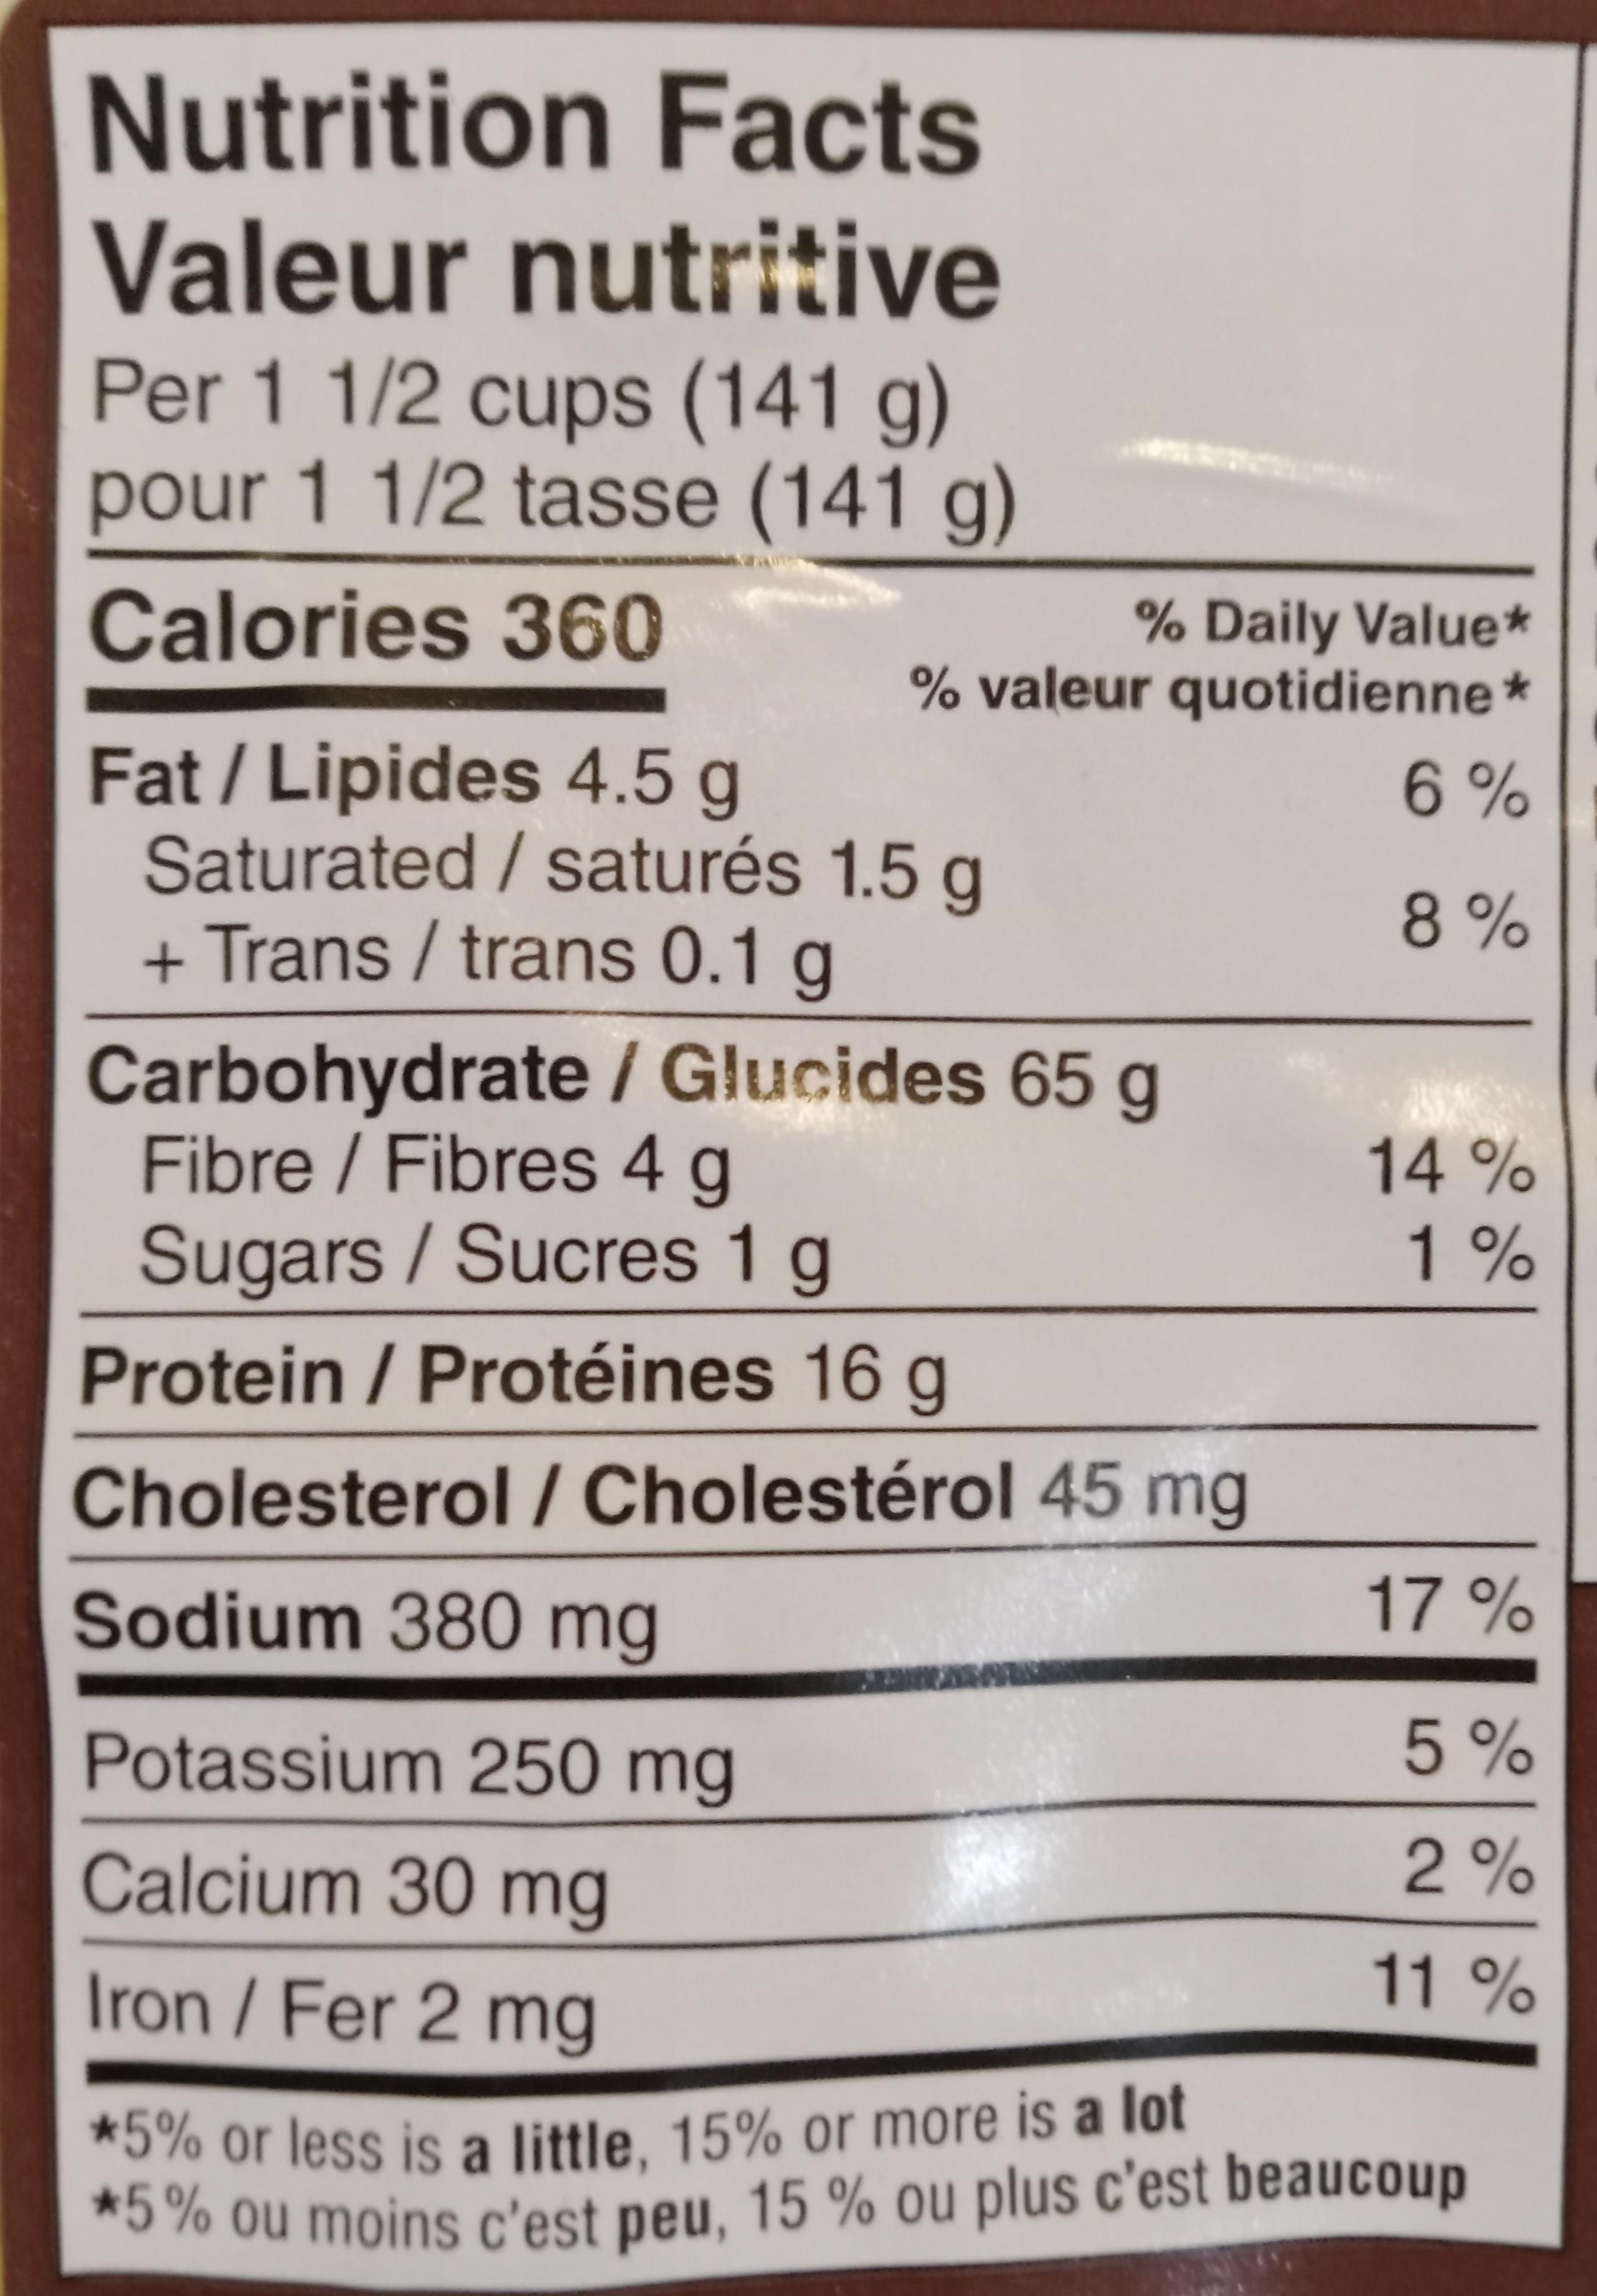
Nutrition Facts Valeur nutritive
Per 1 1/2 cups (141 g) pour 1 1/2 tasse (141 g)
Calories 360
% Daily Value* % valeur quotidienne *
6%
8%
Fat/Lipides 4.5 g Saturated / saturés 1.5 g + Trans / trans 0.1 g
Carbohydrate / Glucides 65 g Fibre / Fibres 4 g
Sugars / Sucres 1 g
Protein / Protéines 16 g
Cholesterol / Cholestérol 45 mg
Sodium 380 mg
Potassium 250 mg
Calcium 30 mg
Iron / Fer 2 mg
14%
1%
17%
5%
2%
11%
*5% or less is a little, 15% or more is a lot *5% ou moins c'est peu, 15 % ou plus c'est beaucoup